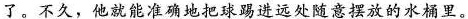
了。不久，他就能准确地把球踢进远处随意摆放的水桶里。